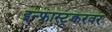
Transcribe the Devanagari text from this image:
इन्फ्रास्ट्रक्चरवर